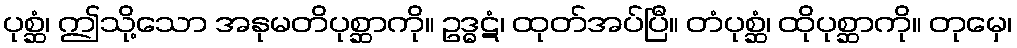
ပုစ္ဆံ၊ ဤသို့သော အနုမတိပုစ္ဆာကို။ ဥဒ္ဓဋံ၊ ထုတ်အပ်ပြီ။ တံပုစ္ဆံ၊ ထိုပုစ္ဆာကို။ တုမှေ၊